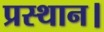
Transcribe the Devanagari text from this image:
प्रस्थान।